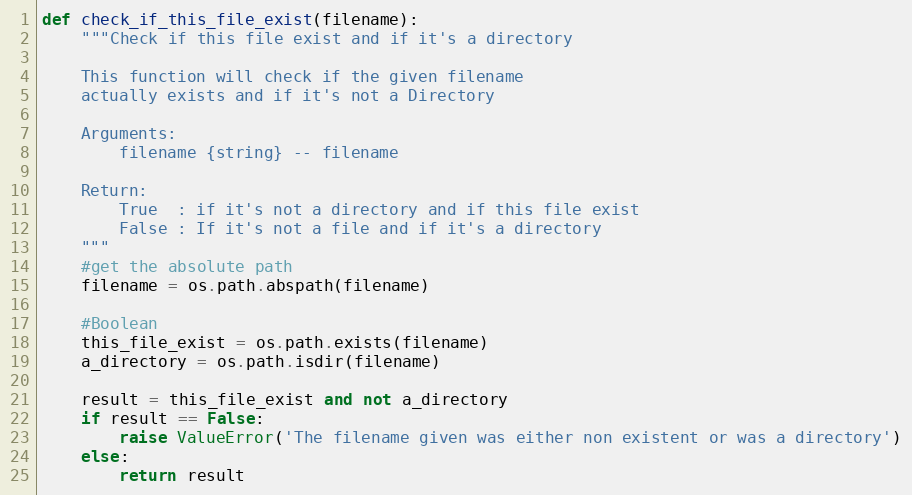
Language: Python
def check_if_this_file_exist(filename):
    """Check if this file exist and if it's a directory

    This function will check if the given filename
    actually exists and if it's not a Directory

    Arguments:
        filename {string} -- filename

    Return:
        True  : if it's not a directory and if this file exist
        False : If it's not a file and if it's a directory
    """
    #get the absolute path
    filename = os.path.abspath(filename)

    #Boolean
    this_file_exist = os.path.exists(filename)
    a_directory = os.path.isdir(filename)

    result = this_file_exist and not a_directory
    if result == False:
        raise ValueError('The filename given was either non existent or was a directory')
    else:
        return result